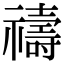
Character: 禱